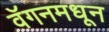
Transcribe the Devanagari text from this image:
वॅगनमधून